Scientific memoirs by medical officers of the Army of India - Part V,
Year: 1890
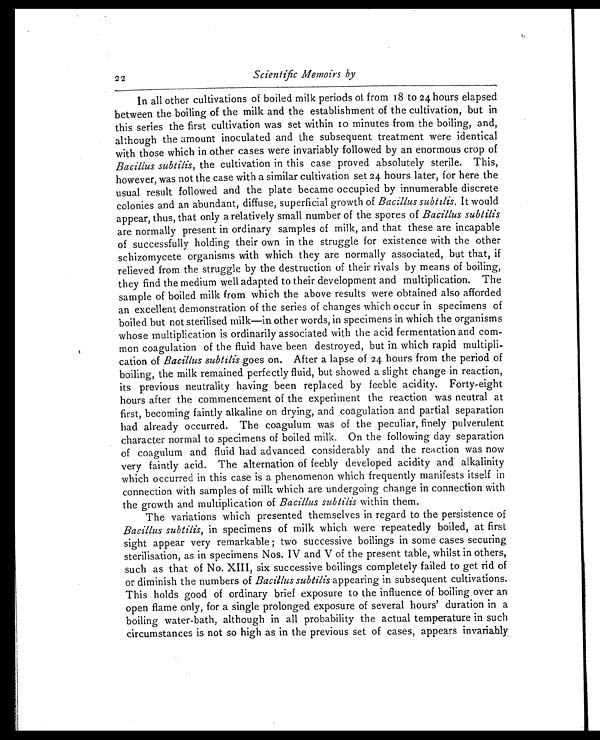
2
Scientific Memoirs by
In all other cultivations of boiled milk periods of from 18 to 24 hours elapsed
between the boiling of the milk and the establishment of the cultivation, but in
this series the first cultivation was set within 10 minutes from the boiling, and,
although the amount inoculated and the subsequent treatment were identical
with those which in other cases were invariably followed by an enormous crop of
Bacillus subtilis, the cultivation in this case proved absolutely sterile. This,
however, was not the case with a similar cultivation set 24 hours later, for here the
usual result followed and the plate became occupied by innumerable discrete
colonies and an abundant, diffuse, superficial growth of Bacillus subtilis. It would
appear, thus, that only a relatively small number of the spores of Bacillus subtilis
are normally present in ordinary samples of milk, and that these are incapable
of successfully holding their own in the struggle for existence with the other
schizomycete organisms with which they are normally associated, but that, if
relieved from the struggle by the destruction of their rivals by means of boiling,
they find the medium well adapted to their development and multiplication. The
sample of boiled milk from which the above results were obtained also afforded
an excellent demonstration of the series of changes which occur in specimens of
boiled but not sterilised milk—in other words, in specimens in which the organisms
whose multiplication is ordinarily associated with the acid fermentation and com
-
mon coagulation of the fluid have been destroyed, but in which rapid multipli
-cation of Bacillus subtilis goes on. After a lapse of 24 hours from the period of
boiling, the milk remained perfectly fluid, but showed a slight change in reaction,
its previous neutrality having been replaced by feeble acidity. Forty-eight
hours after the commencement of the experiment the reaction was neutral at
first, becoming faintly alkaline on drying, and coagulation and partial separation
had already occurred. The coagulum was of the peculiar, finely pulverulent
character normal to specimens of boiled milk. On the following day separation
of coagulum and fluid had advanced considerably and the reaction was now
very faintly acid. The alternation of feebly developed acidity and alkalinity
which occurred in this case is a phenomenon which frequently manifests itself in
connection with samples of milk which are undergoing change in connection with
the growth and multiplication of Bacillus subtills within them.
The variations which presented themselves in regard to the persistence of
Bacillus subtilis, in specimens of milk which were repeatedly boiled, at first
sight appear very remarkable ; two successive boilings in some cases securing
sterilisation, as in specimens Nos. IV and V of the present table, whilst in others,
such as that of No. XIII, six successive boilings completely failed to get rid of
or diminish the numbers of Bacillus subtilis appearing in subsequent cultivations.
This holds good of ordinary brief exposure to the influence of boiling over an
open flame only, for . a single prolonged exposure of several hours' duration in a
boiling water-bath, although in all probability the actual temperature in such
circumstances is not so high as in the previous set of cases, appears invariably